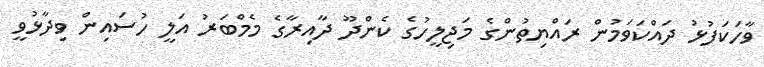
ވާހަކަފުޅު ދައްކަވަމުން ރައްޔިތުންގެ މަޖިލީހުގެ ކެންދޫ ދާއިރާގެ މެމްބަރު އަލީ ހުސައިން ވިދާޅުވީ